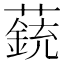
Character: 𧀏